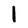
Character: l